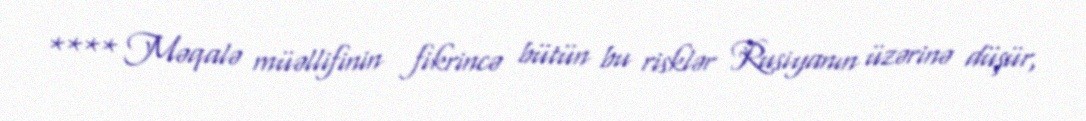
**** Məqalə müəllifinin fikrincə bütün bu risklər Rusiyanın üzərinə düşür,